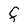
Character: f